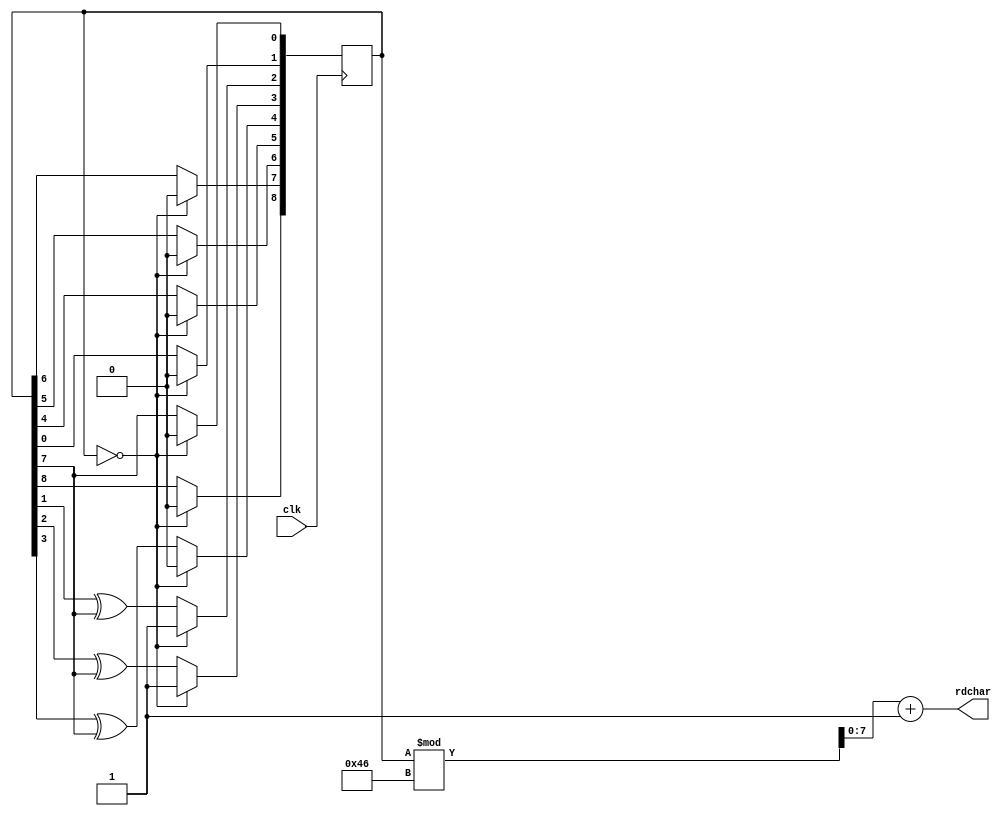
module ramdomchar(
         input clk,
			output [7:0] rdchar
			);

reg [8:0] q=8'd111;
assign  rdchar=q%70+1;
			
always @(posedge clk)
begin //using 1+x^2+x^3+x^4+x^8
	  if(q==8'd0)
	   begin
	    q<=8'd12;
	   end
	  else
	   begin
	     q[0]<=q[7];
	     q[1]<=q[0];
	     q[2]<=q[1]^q[7];
	     q[3]<=q[2]^q[7];
	     q[4]<=q[3]^q[7];
	     q[5]<=q[4];
	     q[6]<=q[5];
	     q[7]<=q[6];
	  end
end




endmodule